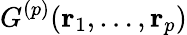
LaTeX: G^{(p)}({\mathbf r}_{1},\dots,{\mathbf r}_{p})